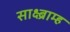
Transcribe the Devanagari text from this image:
साक्ष्ब्राम्ह